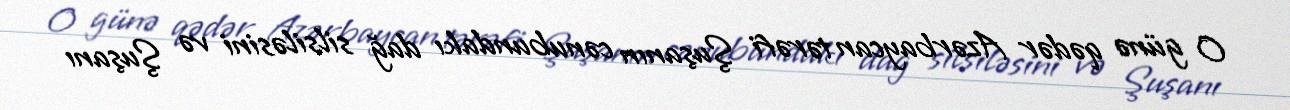
O günə qədər Azərbaycan tərəfi Şuşanın cənubundakı dağ silsiləsini və Şuşanı